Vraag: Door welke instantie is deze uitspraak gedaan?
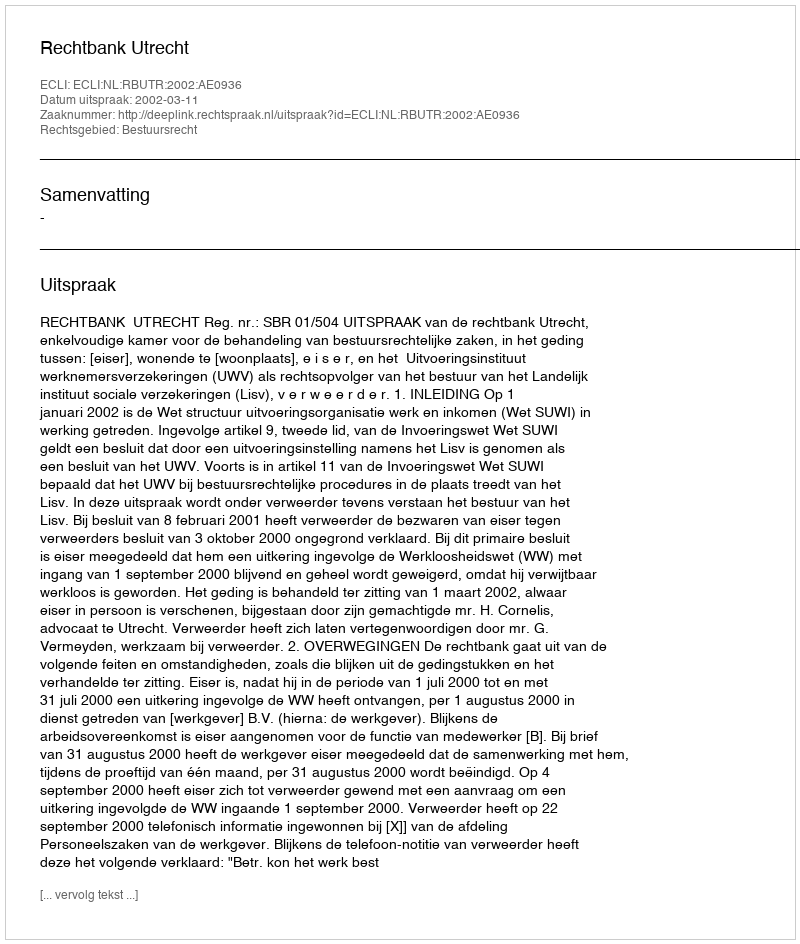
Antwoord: Rechtbank Utrecht